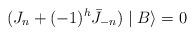
LaTeX: \begin{align*}(J_n+(-1)^h\bar{J}_{-n})\mid B\rangle=0\end{align*}